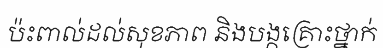
ប៉ះពាល់ដល់សុខភាព និងបង្កគ្រោះថ្នាក់